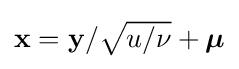
{\textstyle {\mathbf {x} }={\mathbf {y} }/{\sqrt {u/\nu }}+{\boldsymbol {\mu }}}